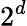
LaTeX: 2^{d}